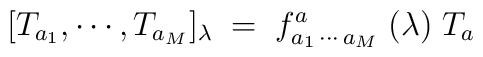
[T_{a_1},\cdots,T_{a_M}]_\lambda\;=\;f_{a_1\, \cdots\, a_M}^a\;(\lambda)\;T_a